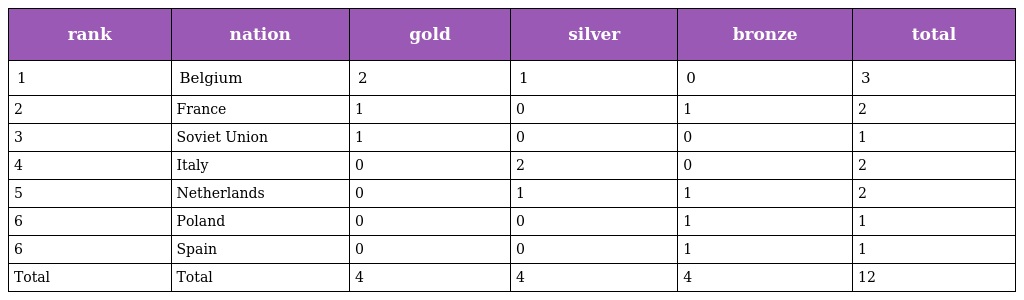
| rank | nation | gold | silver | bronze | total |
 | --- | --- | --- | --- | --- | --- |
 | 1 | Belgium | 2 | 1 | 0 | 3 |
 | 2 | France | 1 | 0 | 1 | 2 |
 | 3 | Soviet Union | 1 | 0 | 0 | 1 |
 | 4 | Italy | 0 | 2 | 0 | 2 |
 | 5 | Netherlands | 0 | 1 | 1 | 2 |
 | 6 | Poland | 0 | 0 | 1 | 1 |
 | 6 | Spain | 0 | 0 | 1 | 1 |
 | Total | Total | 4 | 4 | 4 | 12 |